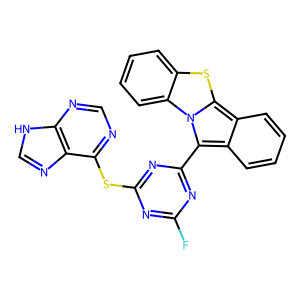
SMILES: Fc1nc(Sc2ncnc3[nH]cnc23)nc(-c2c3ccccc3c3sc4ccccc4n23)n1
Inhibits HIV replication: No